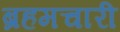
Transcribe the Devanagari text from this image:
ब्रहमचारी